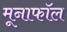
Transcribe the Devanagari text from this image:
मूनाफॉल